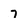
Character: 7